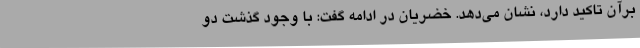
برآن تاکید دارد، نشان می‌دهد. خضریان در ادامه گفت: با وجود گذشت دو